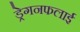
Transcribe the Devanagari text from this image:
ड्रेगनफलाई